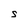
Character: S